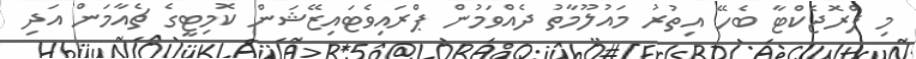
މި ޕްރޮޖެކްޓާ ބެހޭ އިތުރު މައުލޫމާތު ދެއްވަމުން ޕްރައިވެޓައިޒޭޝަން ކޮމިޓީގެ ޗެއާމަން އަދި